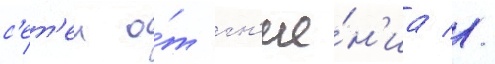
с'ет'еи о́т гн'ие́н'иа //